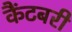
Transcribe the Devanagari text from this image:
कैंटबरी